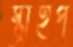
স্ট্রাইপ